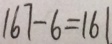
1 6 7 - 6 = 1 6 1